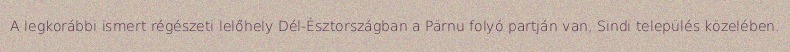
A legkorábbi ismert régészeti lelőhely Dél-Észtországban a Pärnu folyó partján van, Sindi település közelében.